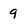
Character: 9